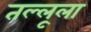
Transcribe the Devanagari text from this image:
तल्लूला